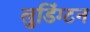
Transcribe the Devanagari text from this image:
लुडिंग्टन